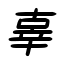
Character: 辜